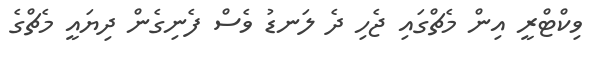
ވިކްޓްރީ އިން މެޗްގައި ޖެހި ދެ ލަނޑު ވެސް ފެނިގެން ދިޔައީ މެޗްގެ